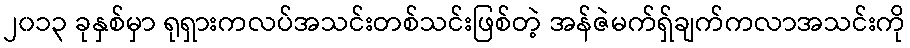
၂၀၁၃ ခုနှစ်မှာ ရုရှားကလပ်အသင်းတစ်သင်းဖြစ်တဲ့ အန်ဇဲမက်ရှ်ချက်ကလာအသင်းကို